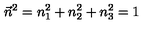
\vec { n } ^ { 2 } = n _ { 1 } ^ { 2 } + n _ { 2 } ^ { 2 } + n _ { 3 } ^ { 2 } = 1